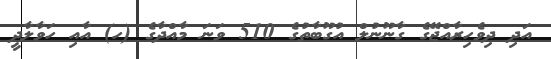
އަދި ދިވެހިރާއްޖޭގެ ގާނޫނުލް އުގޫބާތުގެ 510 ވަނަ މާއްދާގެ (ހ) އާއި ހަވާލާދީ